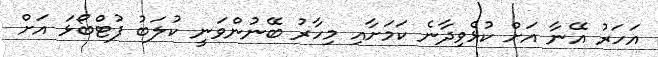
އަހަރު އޭނާ އަށް ކުޅެވިދާނެ ކަމަށާއި މިހާރު ބޭނުންވަނީ ކުލަބު ފުޓްބޯޅަ އަށް